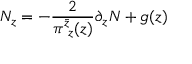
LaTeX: N _ { z } = - \frac { 2 } { \pi _ { ~ z } ^ { \bar { z } } ( z ) } \partial _ { z } N + g ( z )